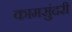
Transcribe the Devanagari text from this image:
कामसुंदरी